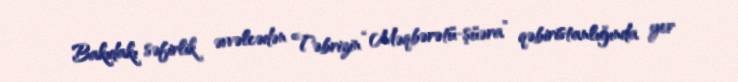
Bakıdakı səfirlik əvvəlcədən Təbrizin “Məqbərətü-şüəra” qəbiristanlığında yer